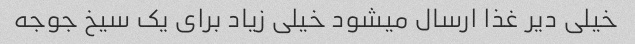
خیلی دیر غذا ارسال میشود خیلی زیاد برای یک سیخ جوجه